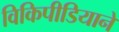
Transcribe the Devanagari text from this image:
विकिपीडियाने